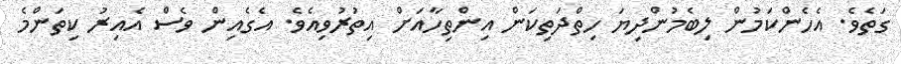
ގަތެވެ. އެހެންކަމުން ލިބެމުންދިޔަ ހިތްދަތިކަން އިންތިހާއަށް އިތުރުވިއެވެ. އެގެއިން ވެސް އެއިރު ކިތަންމެ